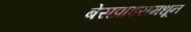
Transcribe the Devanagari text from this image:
बेसप्राइसमधून